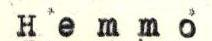
Hemmo